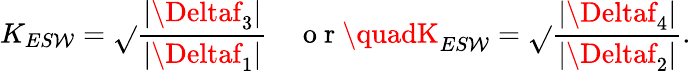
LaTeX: K_{ES\mathcal{W}}=\sqrt{}{{\frac{{\left|\Deltaf_{3}\right|}}{{\left|\Deltaf_{1}\right|}}}}\quad\mathrm{{~o~r~}}\quadK_{ES\mathcal{W}}=\sqrt{}{{\frac{{\left|\Deltaf_{4}\right|}}{{\left|\Deltaf_{2}\right|}}}}.